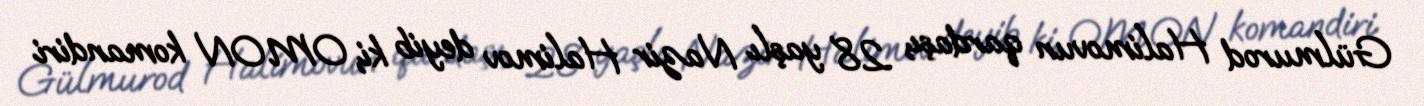
Gülmurod Halimovun qardaşı, 28 yaşlı Nazir Halimov deyib ki, OMON komandiri